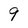
Character: 9